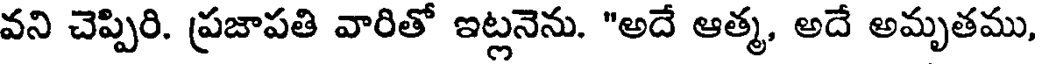
వని చెప్పిరి. ప్రజాపతి వారితో ఇట్లనెను. "అదే ఆత్మ, అదే అమృతము,